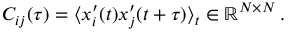
C _ { i j } ( \tau ) = \langle x _ { i } ^ { \prime } ( t ) x _ { j } ^ { \prime } ( t + \tau ) \rangle _ { t } \in \mathbb { R } ^ { N \times N } \, .